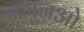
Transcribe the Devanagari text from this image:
नमुनओ